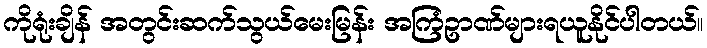
ကိုရုံးချိန် အတွင်းဆက်သွယ်မေးမြန်း အကြံဥာဏ်များရယူနိုင်ပါတယ်။